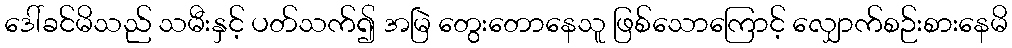
ဒေါ်ခင်မိသည် သမီးနှင့် ပတ်သက်၍ အမြဲ တွေးတောနေသူ ဖြစ်သောကြောင့် လျှောက်စဉ်းစားနေမိ